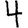
Digit: 4